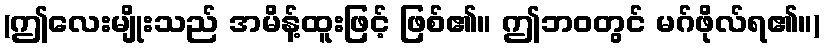
(ဤလေးမျိုးသည် အမိန့်ထူးဖြင့် ဖြစ်၏။ ဤဘဝတွင် မဂ်ဖိုလ်ရ၏။)